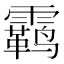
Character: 𫕳